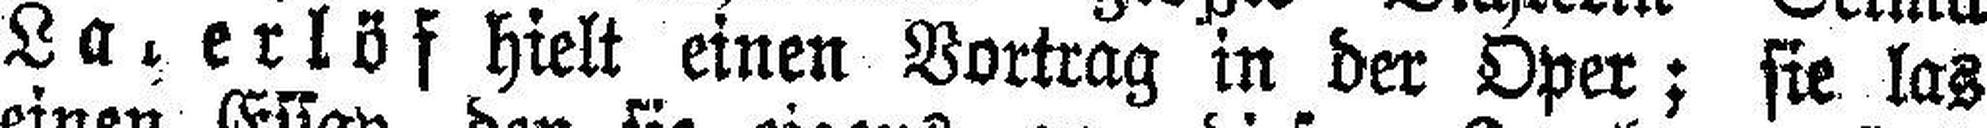
La###erlöf hielt einen Vortrag in der Oper; sie las